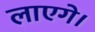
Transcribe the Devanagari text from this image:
लाएगे।